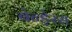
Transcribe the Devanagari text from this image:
बेन्ड़ेरस